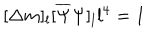
[ \Delta m ] _ { l } [ \overline { { { \Psi } } } \Psi ] _ { l } l ^ { 4 } = 1